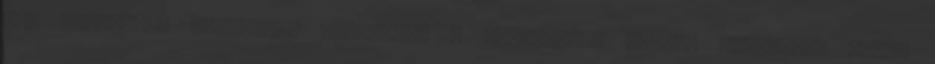
egy százasból nagyjából kihozható a felújított váltó. Vehettünk volna